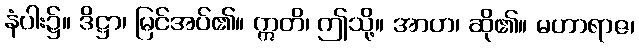
နံပါး၌။ ဒိဋ္ဌာ၊ မြင်အပ်၏။ ဣတိ၊ ဤသို့။ အာဟ၊ ဆို၏။ မဟာရာဇ၊